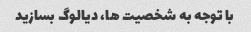
با توجه به شخصیت ها، دیالوگ بسازید